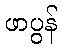
ဖာပွန်